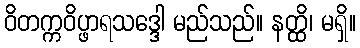
ဝိတက္ကဝိပ္ဖာရသဒ္ဒေါ မည်သည်။ နတ္ထိ၊ မရှိ။